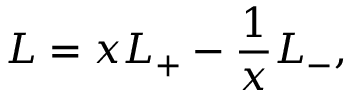
L = x L _ { + } - \frac { 1 } { x } L _ { - } ,